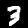
Digit: 3